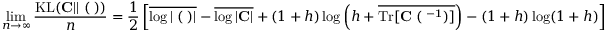
\operatorname* { l i m } _ { n \to \infty } \frac { \mathrm { K L } ( { \bf C } | | { \bf \Xi } ( { \bf \Lambda } ) ) } { n } = \frac { 1 } { 2 } \left[ \overline { { \log | { \bf \Xi } ( { \bf \Lambda } ) | } } - \overline { { \log | { \bf C } | } } + ( 1 + h ) \log \left( h + \overline { { \mathrm { T r } [ \bf { C \Xi } ( { \bf \Lambda } ^ { - 1 } ) ] } } \right) - ( 1 + h ) \log ( 1 + h ) \right]